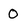
Character: 0